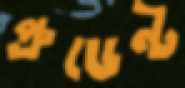
প্রুডেন্ট